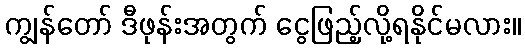
ကျွန်တော် ဒီဖုန်းအတွက် ငွေဖြည့်လို့ရနိုင်မလား။